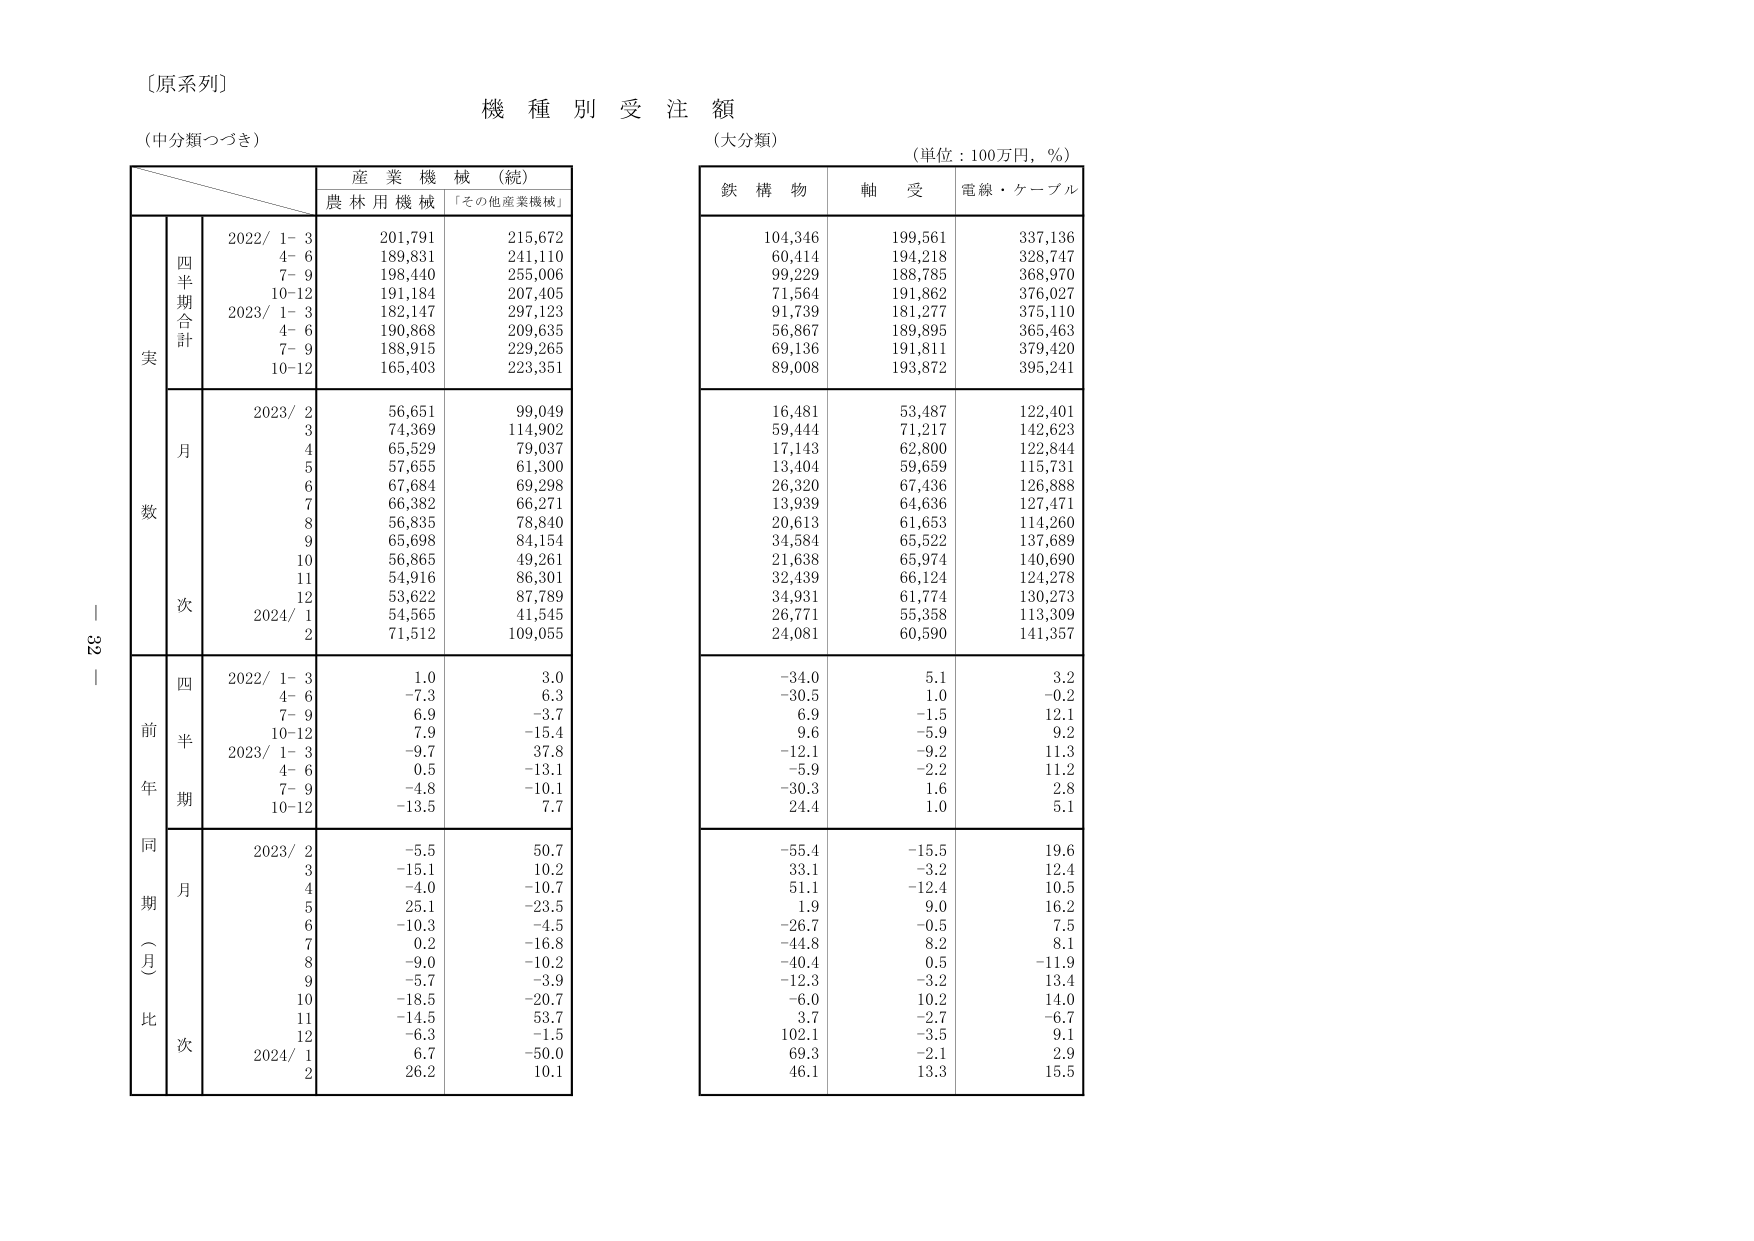
〔原系列〕
機種別受注額
（中分類つづき）
（大分類）
（単位：100万円，％）
産業機械（続）
農林用機械 「その他産業機械」
鉄構物 軸受 電線・ケーブル
実数
四半期合計
2022/ 1-3 201,791 215,672 104,346 199,561 337,136
4-6 189,831 241,110 60,414 194,218 328,747
7-9 198,440 255,006 99,229 188,785 368,970
10-12 191,184 207,405 71,564 191,862 376,027
2023/ 1-3 182,147 297,123 91,739 181,277 375,110
4-6 190,868 209,635 56,867 189,895 365,463
7-9 188,915 229,265 69,136 191,811 379,420
10-12 165,403 223,351 89,008 193,872 395,241
月次
2023/ 2 56,651 99,049 16,481 53,487 122,401
3 74,369 114,902 59,444 71,217 142,623
4 65,529 79,037 17,143 62,800 122,844
5 57,655 61,300 13,404 59,659 115,731
6 67,684 69,298 26,320 67,436 126,888
7 66,382 66,271 13,939 64,636 127,471
8 56,835 78,840 20,613 61,653 114,260
9 65,698 84,154 34,584 65,522 137,689
10 56,865 49,261 21,638 65,974 140,690
11 54,916 86,301 32,439 66,124 124,278
12 53,622 87,789 34,931 61,774 130,273
2024/ 1 54,565 41,545 26,771 55,358 113,309
2 71,512 109,055 24,081 60,590 141,357
前年同期（月）比
四半期
2022/ 1-3 1.0 3.0 -34.0 5.1 3.2
4-6 -7.3 6.3 -30.5 1.0 -0.2
7-9 6.9 -3.7 6.9 -1.5 12.1
10-12 7.9 -15.4 9.6 -5.9 9.2
2023/ 1-3 -9.7 37.8 -12.1 -9.2 11.3
4-6 0.5 -13.1 -5.9 -2.2 11.2
7-9 -4.8 -10.1 -30.3 1.6 2.8
10-12 -13.5 7.7 24.4 1.0 5.1
月次
2023/ 2 -5.5 50.7 -55.4 -15.5 19.6
3 -15.1 10.2 33.1 -3.2 12.4
4 -4.0 -10.7 51.1 -12.4 10.5
5 25.1 -23.5 1.9 9.0 16.2
6 -10.3 -4.5 -26.7 -0.5 7.5
7 0.2 -16.8 -44.8 8.2 8.1
8 -9.0 -10.2 -40.4 0.5 -11.9
9 -5.7 -3.9 -12.3 -3.2 13.4
10 -18.5 -20.7 -6.0 10.2 14.0
11 -14.5 53.7 3.7 -2.7 -6.7
12 -6.3 -1.5 102.1 -3.5 9.1
2024/ 1 6.7 -50.0 69.3 -2.1 2.9
2 26.2 10.1 46.1 13.3 15.5
｜32｜